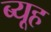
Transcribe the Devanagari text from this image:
ब्यूह